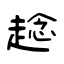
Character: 趝